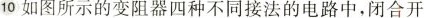
10如图所示的变阻器四种不同接法的电路中，闭合开